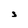
Character: s